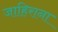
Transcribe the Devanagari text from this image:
जाहिराना